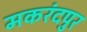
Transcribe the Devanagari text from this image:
मकरंदपुर